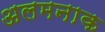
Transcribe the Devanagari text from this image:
अलमनाक